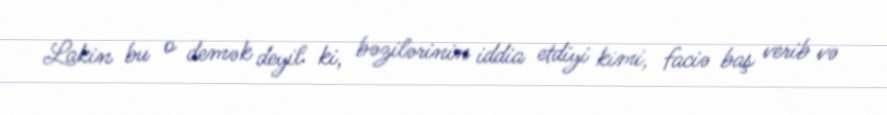
Lakin bu o demək deyil ki, bəzilərinin iddia etdiyi kimi, faciə baş verib və